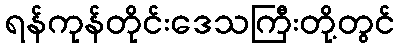
ရန်ကုန်တိုင်းဒေသကြီးတို့တွင်